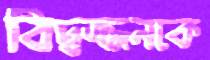
বিদ্বজ্জনকে